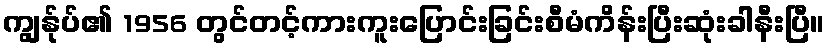
ကျွန်ုပ်၏ 1956 တွင်တင့်ကားကူးပြောင်းခြင်းစီမံကိန်းပြီးဆုံးခါနီးပြီ။